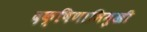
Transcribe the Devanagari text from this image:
दक्षिणाभिमुखी